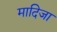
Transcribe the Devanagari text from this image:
मादिजा